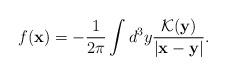
LaTeX: \begin{align*}f({\bf x})=-\frac{1}{2\pi}\int d^3y\frac{{\cal K}({\bf y})}{|{\bf x}-{\bf y}|}.\end{align*}